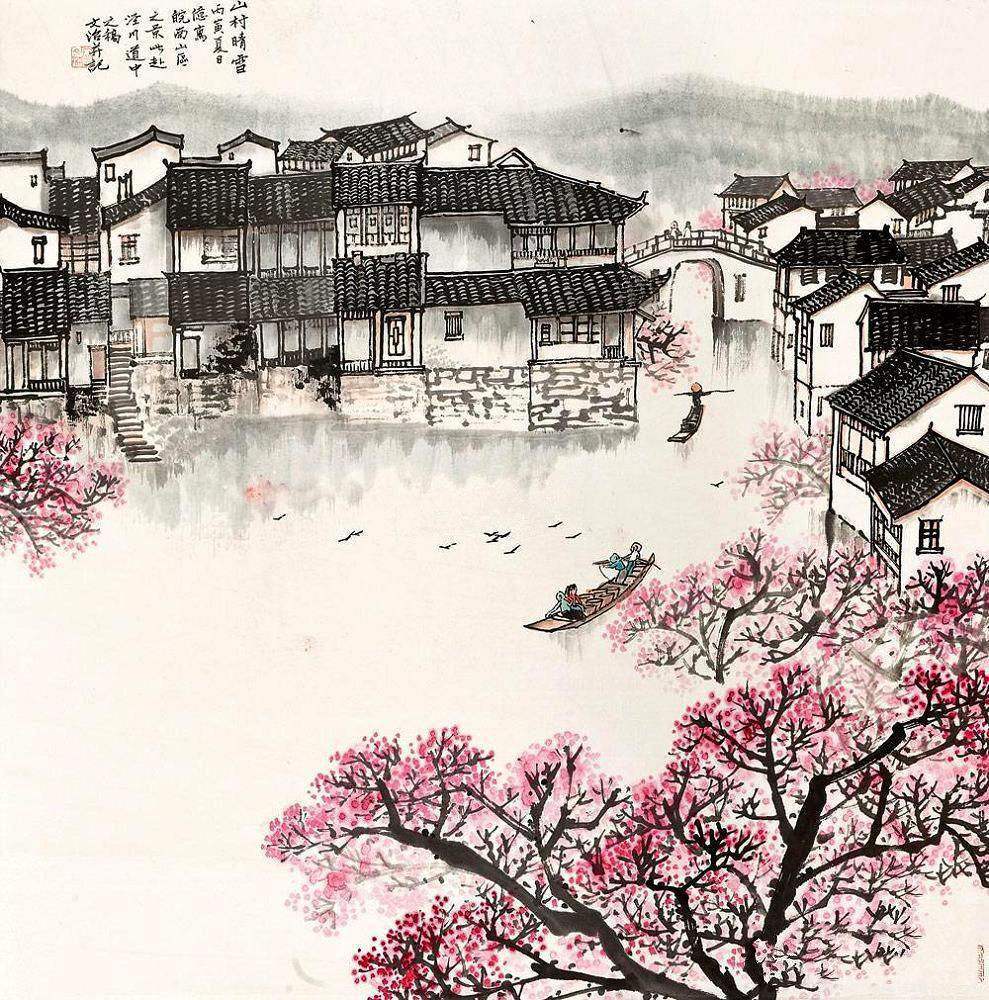
二月江南花满枝，他乡寒食远堪悲。